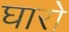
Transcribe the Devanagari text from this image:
घारो